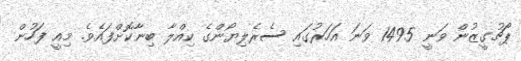
ޕޯޗުގީޒުން ވަނީ 1495 ވަނަ އަހަރުގައި ސެރެލިޔޯންގެ ކިއްލާ ބިނާކޮށްފައެވެ. މިއީ ފަހުން